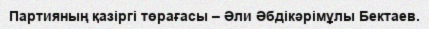
Партияның қазіргі төрағасы – Әли Әбдікәрімұлы Бектаев.